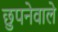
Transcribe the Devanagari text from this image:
छुपनेवाले